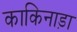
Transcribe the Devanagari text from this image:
काकिनाड़ा